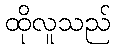
ထိုလူသည်